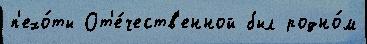
п'ехо́ты От'е́честв'енной был родно́м